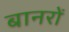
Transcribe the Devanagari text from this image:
बानरों